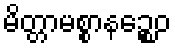
မိတ္တာမစ္စာနဉ္စေဝ